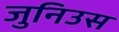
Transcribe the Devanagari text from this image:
जुनिउस